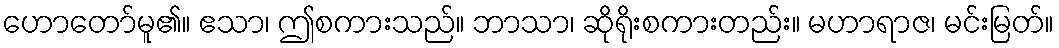
ဟောတော်မူ၏။ ဧသာ၊ ဤစကားသည်။ ဘာသာ၊ ဆိုရိုးစကားတည်း။ မဟာရာဇ၊ မင်းမြတ်။